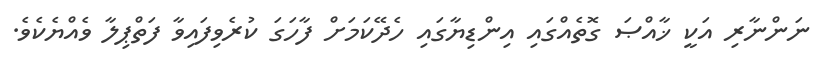
ނަންނާރި އަކީ ޚާއްޞަ ގޮތެއްގައި އިންޑިޔާގައި ހެދޭކަމަށް ފާހަގަ ކުރެވިފައިވާ ފަތްޕިލާ ވެއްޔެކެވެ.